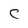
Character: C